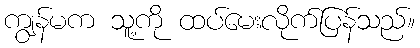
ကျွန်မက သူ့ကို ထပ်မေးလိုက်ပြန်သည်။